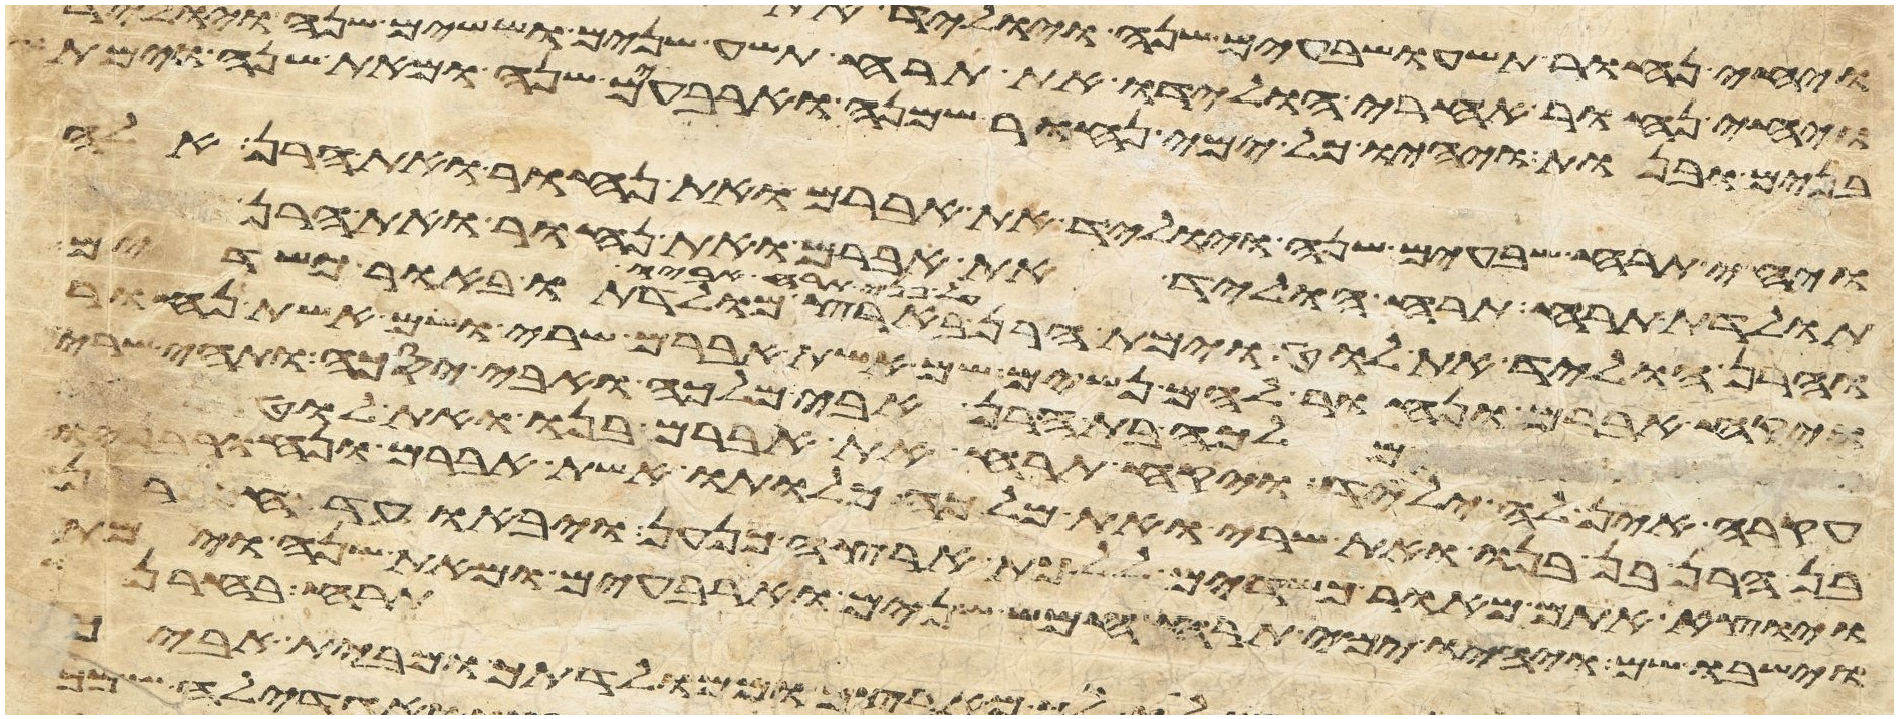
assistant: בנים ובנות ויהיו כל ימי נחור שמנה וארבעים שנה ומאת שנה וימת
ויחי תרח שבעים שנה ויוליד את אברם ואת נחור ואת הרן אלה
תולדת תרח תרח הוליד את אברם ואת נחור ואת הרן
והרן הוליד את לוט וימת הרן על פני תרח אביו בארץ מולדתו באור כשדים
ויקח אברם ונחור להם נשים שם אשת אברם שרי ושם אשת נחור
מלכה בת הרן אבי מלכה ואבי יסכה ותהי שרי
עקרה אין לה ילד ויקח תרח את אברם בנו ואת לוט
בן הרן בן בנו ואת שרי ואת מלכה כלותו אשת אברם ונחור בניו
ויוצא אתם מאור כשדים ללכת ארצה כנען ויבאו עד חרן
וישבו שם ויהיו ימי תרח חמש שנים וארבעים ומאת שנה וימת